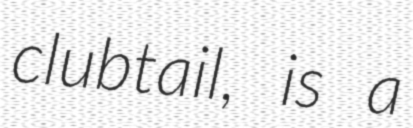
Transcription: clubtail, is a